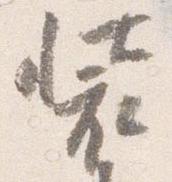
装